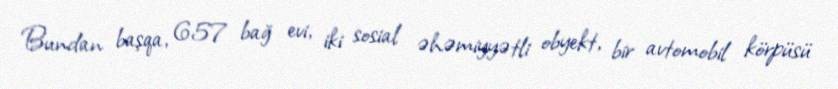
Bundan başqa, 657 bağ evi, iki sosial əhəmiyyətli obyekt, bir avtomobil körpüsü